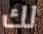
لك